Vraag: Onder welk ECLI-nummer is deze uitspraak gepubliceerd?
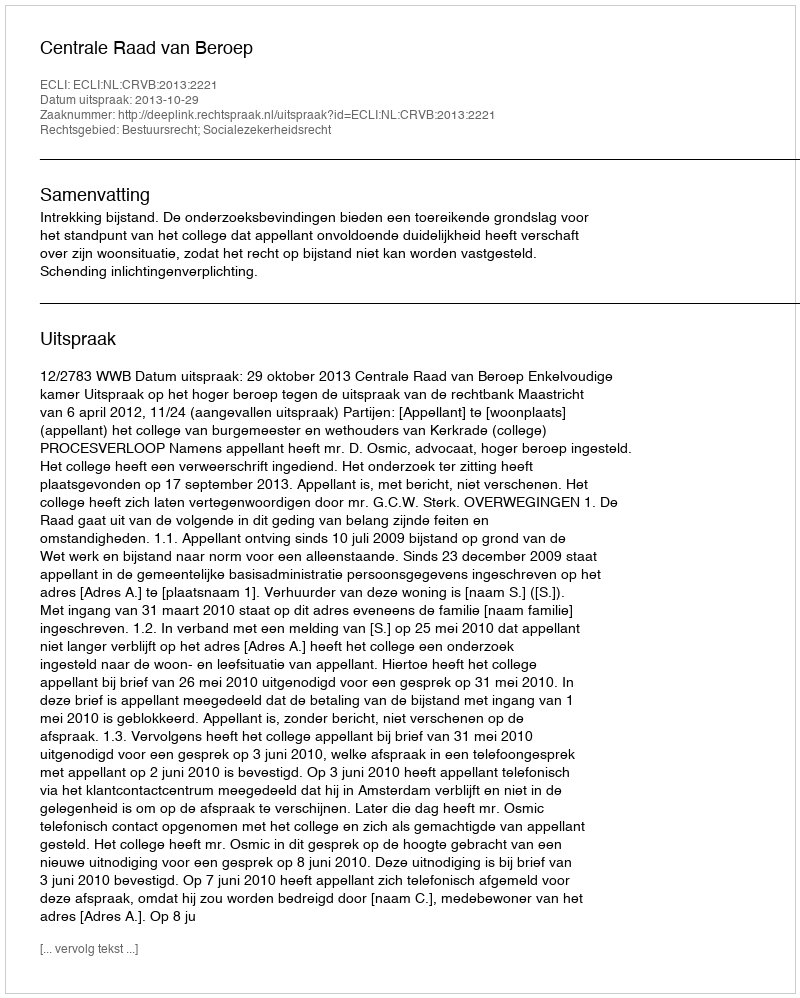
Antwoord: ECLI:NL:CRVB:2013:2221